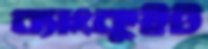
ব্যাংকুইট